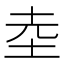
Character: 坴